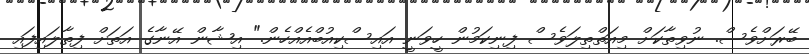
ބޭރަށްވެސް. ނުވިތާކަށް މިއަތްތިލަވެސް ފިނިކަމުން ހީވަނީ އައިސްކިއުބްއެއްހެން." އިޝާން އޭނާގެ އަތަށް ފިތާލައިފައި